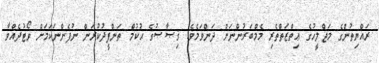
ރައްޔިތުންގެ މަޖްލީހުގެ ޢިތްޒަތްތެރި މެމްބަރުންނަށް ދަންވަމެވެ. ޤިޞާޞުގެ ޙުކުމް ތަންފީޛުކުރަން ނުފެންނަކަމަށް ވޯޓުދެއްވާ